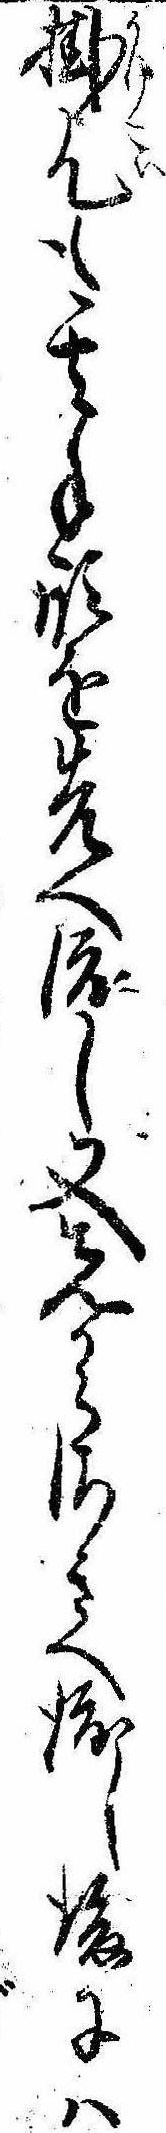
掛乞も其手形を先へ渡し又先からさきへ渡し後には